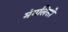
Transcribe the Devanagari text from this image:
मंगलिसो